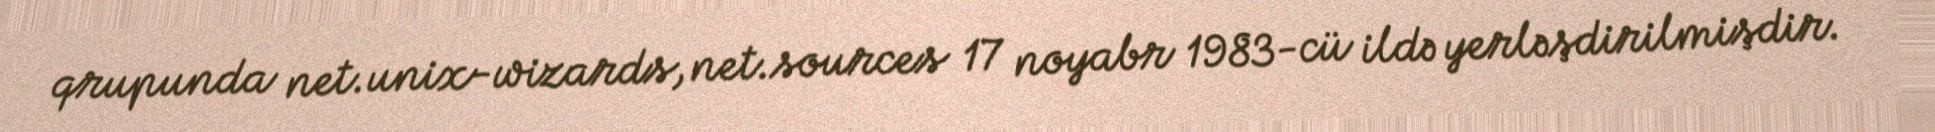
qrupunda net.unix-wizards, net.sources 17 noyabr 1983-cü ildə yerləşdirilmişdir.